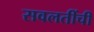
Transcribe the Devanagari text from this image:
सवलतींची